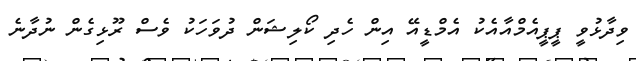
ވިދާޅުވީ ޕީޕީއެމްއާއެކު އެމްޑީއޭ އިން ހެދި ކޯލިޝަން ދުވަހަކު ވެސް ރޫޅިގެން ނުދާނެ